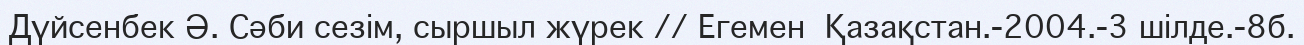
Дүйсенбек Ә. Сәби сезім, сыршыл жүрек // Егемен  Қазақстан.-2004.-3 шілде.-8б.